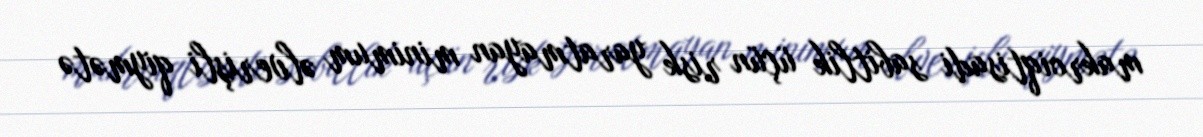
makroiqtisadi sabitlik üçün risk yaratmayan minimum əlverişli qiymətə